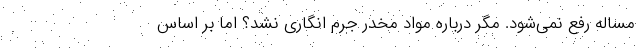
مساله رفع نمی‌شود. مگر درباره مواد مخدر جرم انگاری نشد؟ اما بر اساس